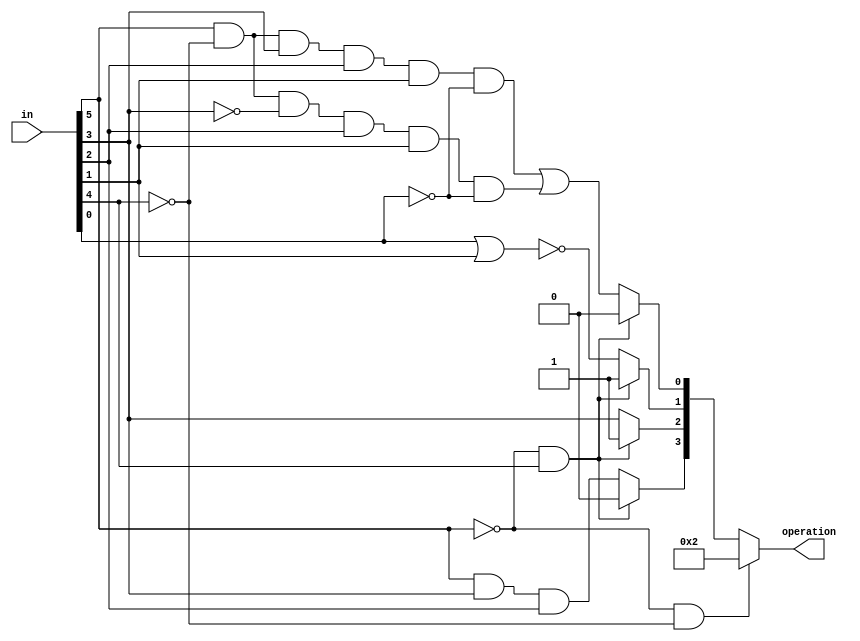
module alucu(in,operation);
input [5:0]in;
output [3:0]operation;
reg [3:0]operation;

always @ (in)
begin
if(in[5]==1'b0 && in[4]==1'b0)
     operation = 4'b0010;
else if(in[5]==1'b0 && in[4]==1'b1)
     operation = 4'b0110;
else
    begin
         operation[3]=in[5] & in[3] & in[2];
         operation[2]=in[3];
         operation[1]=~(in[0] | in[1]);
         operation[0]=(in[5]&~in[4]&in[3]&in[2]&in[1]&~in[0]) | (in[5]&~in[4]&~in[3]&in[2]&in[1]&~in[0]);
    end
end
endmodule